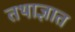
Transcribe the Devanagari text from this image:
तथाज्ञात